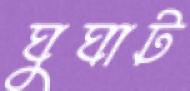
ঘুঘাট